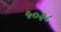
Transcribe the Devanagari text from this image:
५०३८